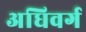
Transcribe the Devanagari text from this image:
अधिवर्ग